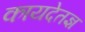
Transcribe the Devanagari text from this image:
कायदेतज्ञ